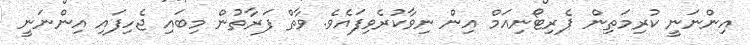
އިންނަނީ ކުރިމަތިން ޕެރިޓޯނިއަމް އިން ނިވާކުރެވިފައެވެ. ވާތް ފަރާތުން މިބައި ޖެހިފައި އިންނަނީ